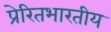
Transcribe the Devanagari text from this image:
प्रेरितभारतीय